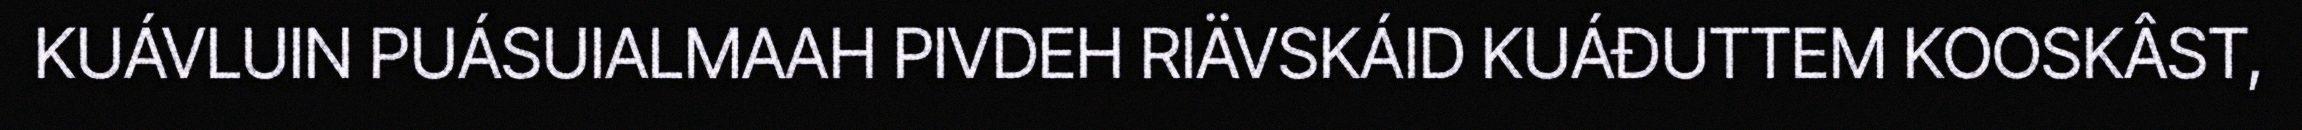
KUÁVLUIN PUÁSUIALMAAH PIVDEH RIÄVSKÁID KUÁĐUTTEM KOOSKÂST,